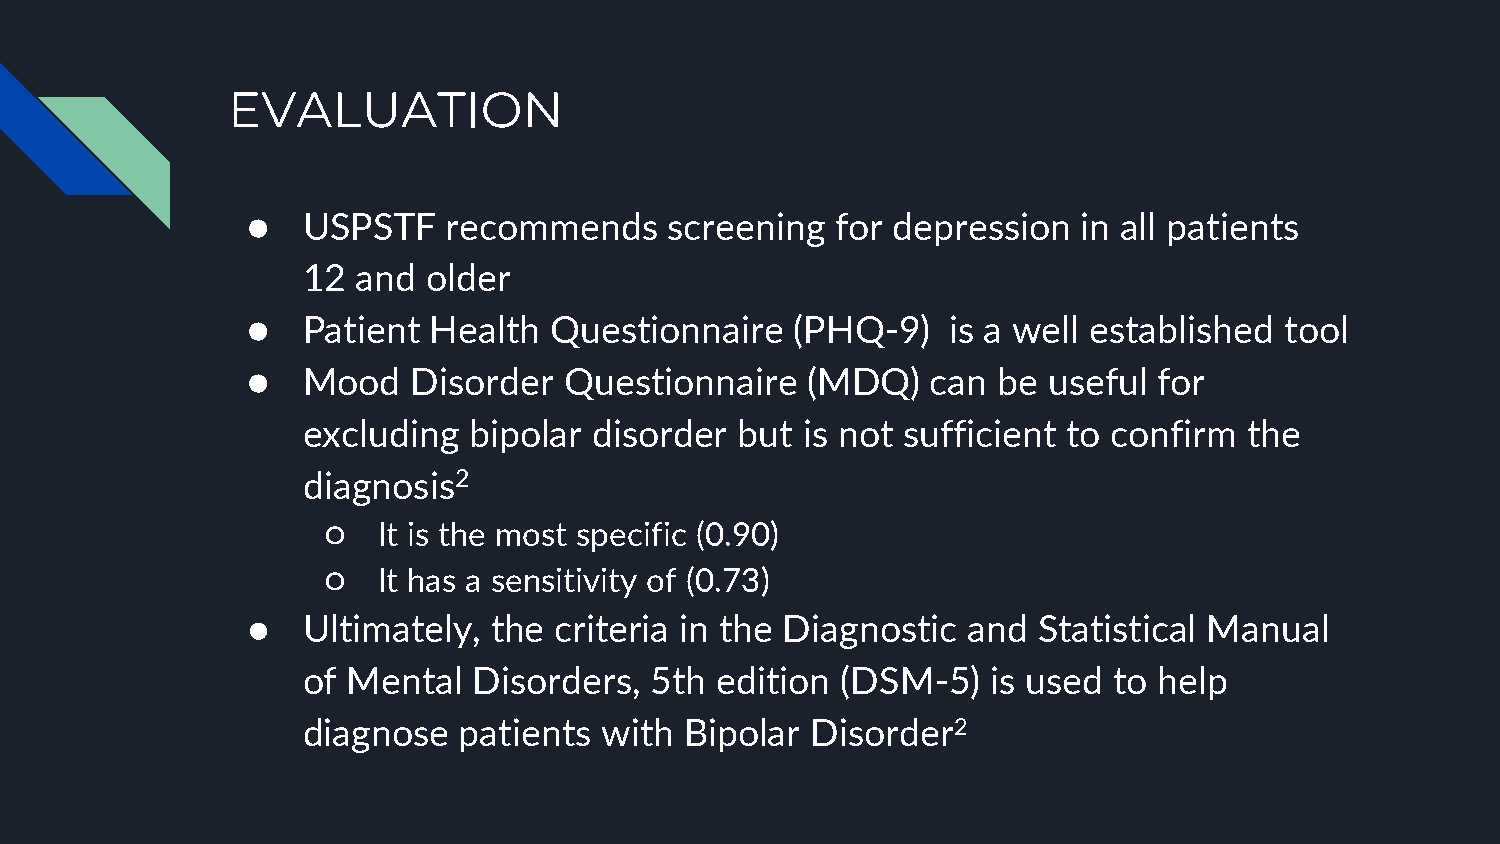
EVALUATION
 ●   USPSTF    recommends    screening  for depression   in all patients
 12  and older
 ●   Patient Health  Questionnaire    (PHQ-9)   is a well established tool
 ●   Mood   Disorder  Questionnaire   (MDQ)    can be useful  for
 excluding  bipolar disorder  but is not sufficient to confirm  the
 diagnosis2
 ○   It is the most specific (0.90)
 ○   It has a sensitivity of (0.73)
 ●   Ultimately,  the criteria in the Diagnostic and  Statistical Manual
 of Mental  Disorders,  5th edition  (DSM-5)   is used to help
 diagnose  patients  with Bipolar  Disorder2